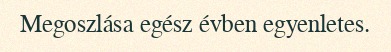
Megoszlása egész évben egyenletes.